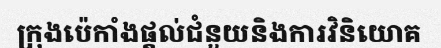
ក្រុងប៉េកាំងផ្តល់ជំនួយនិងការវិនិយោគ